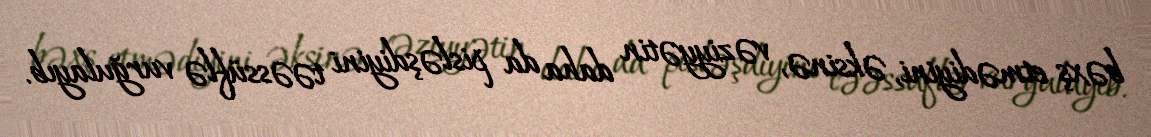
bəxş etmədiyini, əksinə, vəziyyətin daha da pisləşdiyini təəssüflə vurğulayıb.